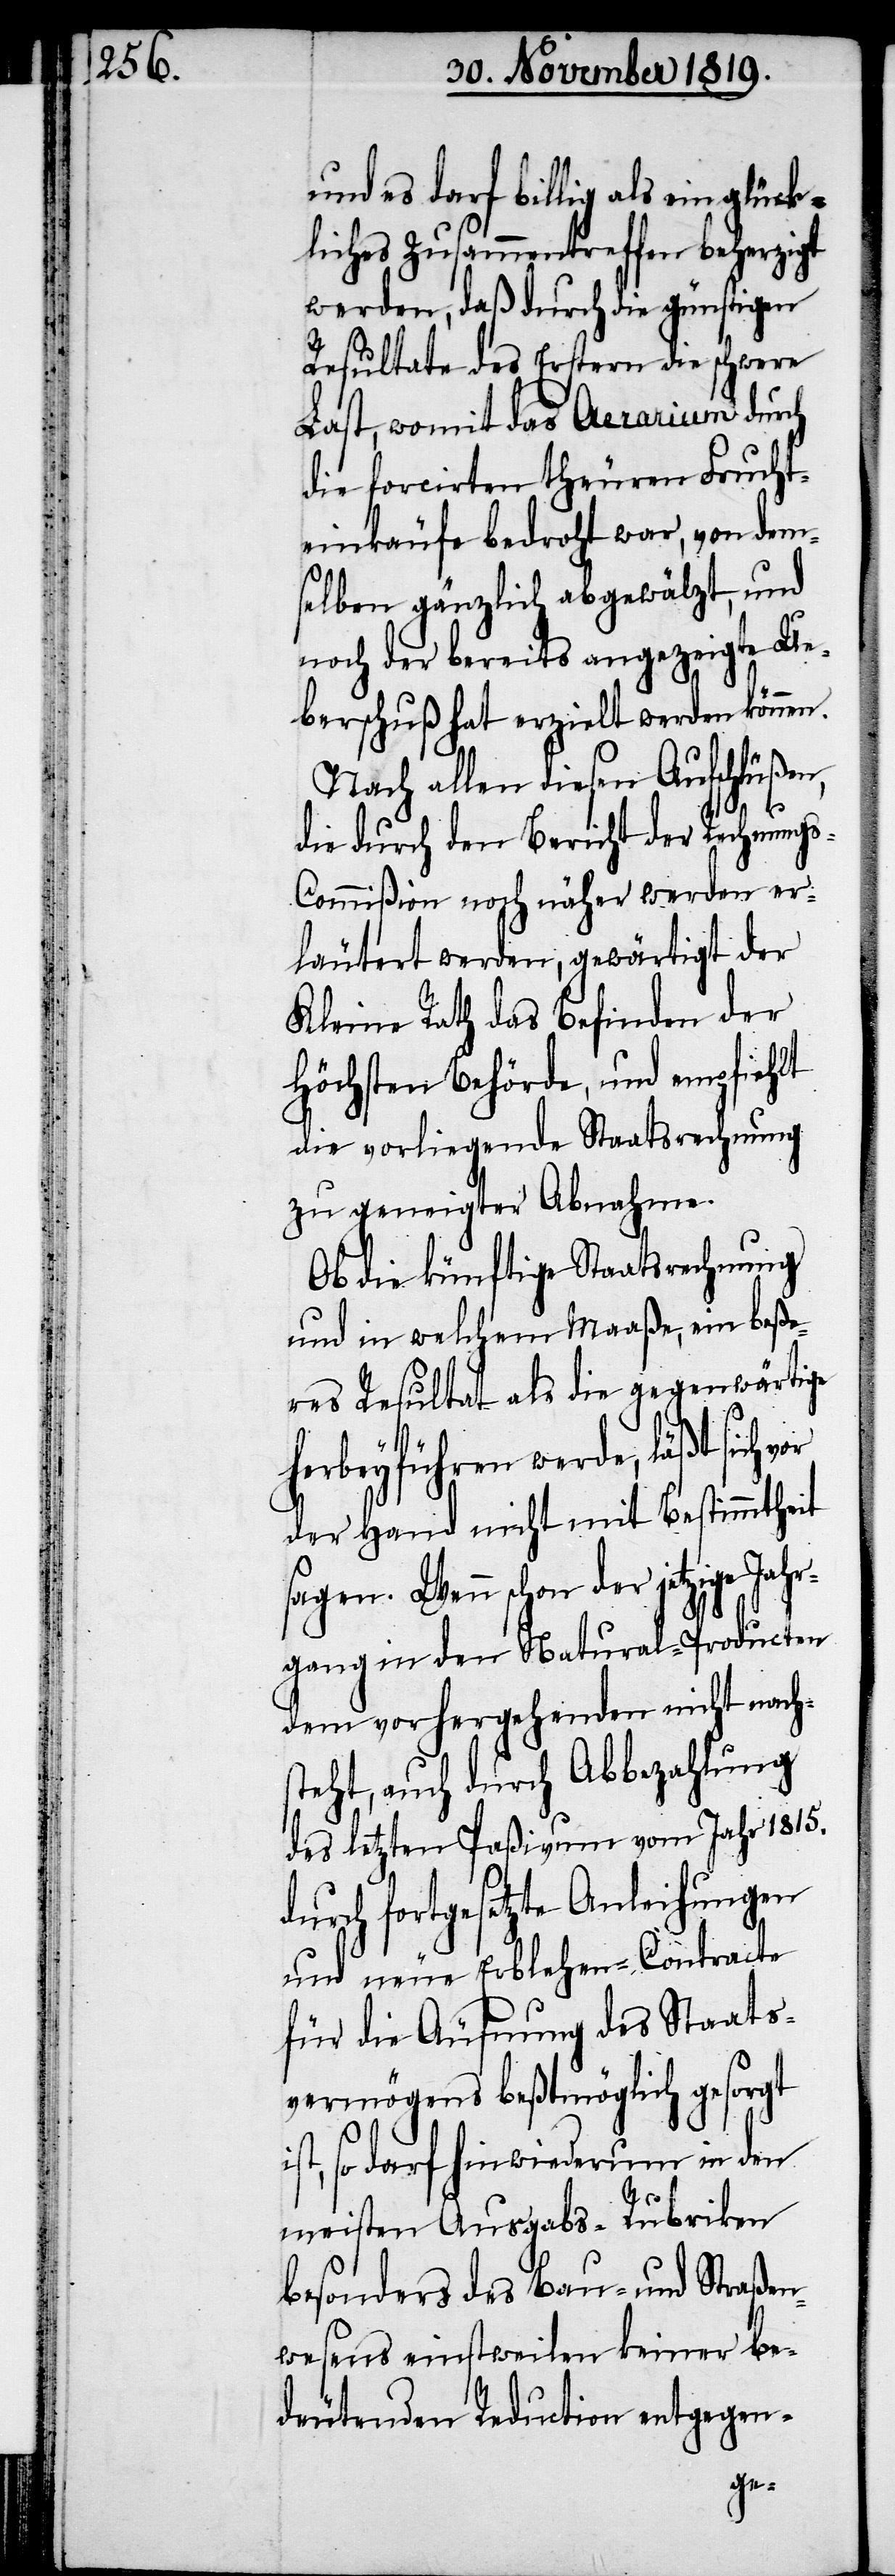
und es darf billig als ein glück¬
liches Zusammentreffen beherzigt
werden, daß durch die günstigen
Resultate des Erstern die schwere
Last, womit das Aerarium durch
die forcirten theuren Frucht¬
einkäufe bedroht war, von dem¬
selben gänzlich abgewälzt, und
noch der bereits angezeigte Ue¬
berschuß hat erzielt werden können.
Nach allen diesen Aufschlüßen,
die durch den Bericht der Rechnung¬
s-Commißion noch näher werden er¬
läutert werden, gewärtigt der
Kleine Rath das Befinden der
Höchsten Behörde, und empfiehlt
die vorliegende Staatsrechnung
zu geneigter Abnahme.
Ob die künftige Staatsrechnung
und in welchem Maaße, ein beße¬
res Resultat als die gegenwärtige
herbeyführen werde, läßt sich
der Hand nicht mit Bestimmtheit
sagen. Wenn schon der jetzige Ja¬
hrgang in der Natural-Production
dem vorhergehenden nicht nach¬
steht, auch durch Abbezahlung
des letzten Paßivum vom Jahr 1815.
durch fortgesetzte Anleihungen
und neue Erblehen-Contracte
für die Äufnung des Staats¬
vermögens beßtmöglich gesorgt
so darf hinwiederum in den
meisten Ausgabs-Rubriken
besonders des Bau- und Straßen¬
wesens einstweilen keiner be¬
deutenden Reduction entgegen-